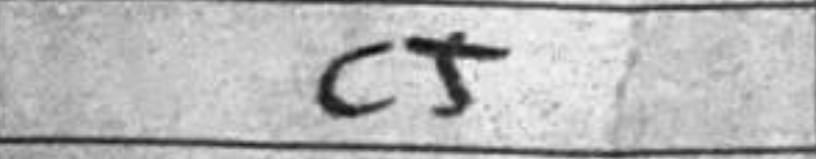
Transcription: c5